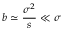
b \simeq { \frac { \sigma ^ { 2 } } { s } } \ll \sigma